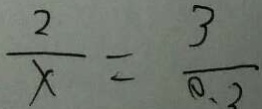
\frac { 2 } { x } = \frac { 3 } { 0 . 2 }